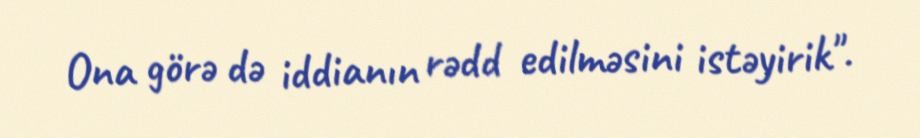
Ona görə də iddianın rədd edilməsini istəyirik".